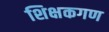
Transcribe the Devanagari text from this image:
शिक्षकगण